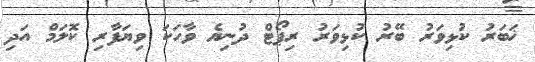
ޚަބަރު ކުޅިވަރު ބޭރު ކުޅިވަރު ރިޕޯޓް ދުނިޔެ ވާހަކަ ވިޔަފާރި ކޮލަމް އަދި